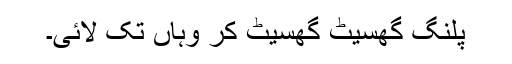
پلنگ گھسیٹ گھسیٹ کر وہاں تک لائی۔